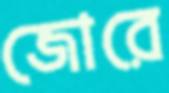
জোরে